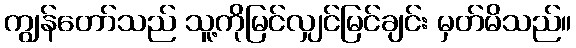
ကျွန်တော်သည် သူ့ကိုမြင်လျှင်မြင်ချင်း မှတ်မိသည်။